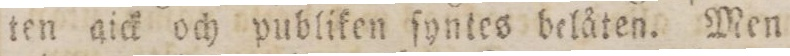
ten gick och publiken ſyntes belåten. Men